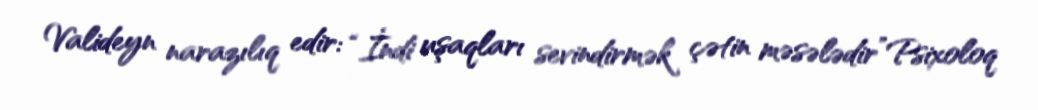
Valideyn narazılıq edir: “İndi uşaqları sevindirmək çətin məsələdir”Psixoloq